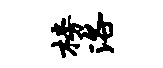
榜洛